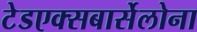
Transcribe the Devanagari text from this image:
टेडएक्सबार्सेलोना